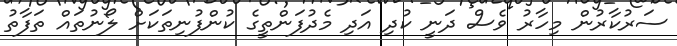
ސަރުކާރުން މިހާރު ވެސް ދަނީ ކުދި އަދި މެދުފަންތީގެ ކުންފުނިތަކަށް ލޯނުތައް ތަފާތު